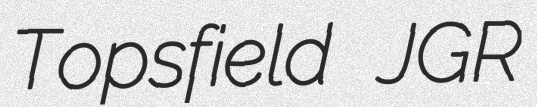
Topsfield JGR